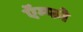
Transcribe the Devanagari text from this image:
ऍम्फो